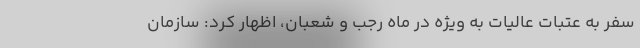
سفر به عتبات عالیات به ویژه در ماه رجب و شعبان، اظهار کرد: سازمان